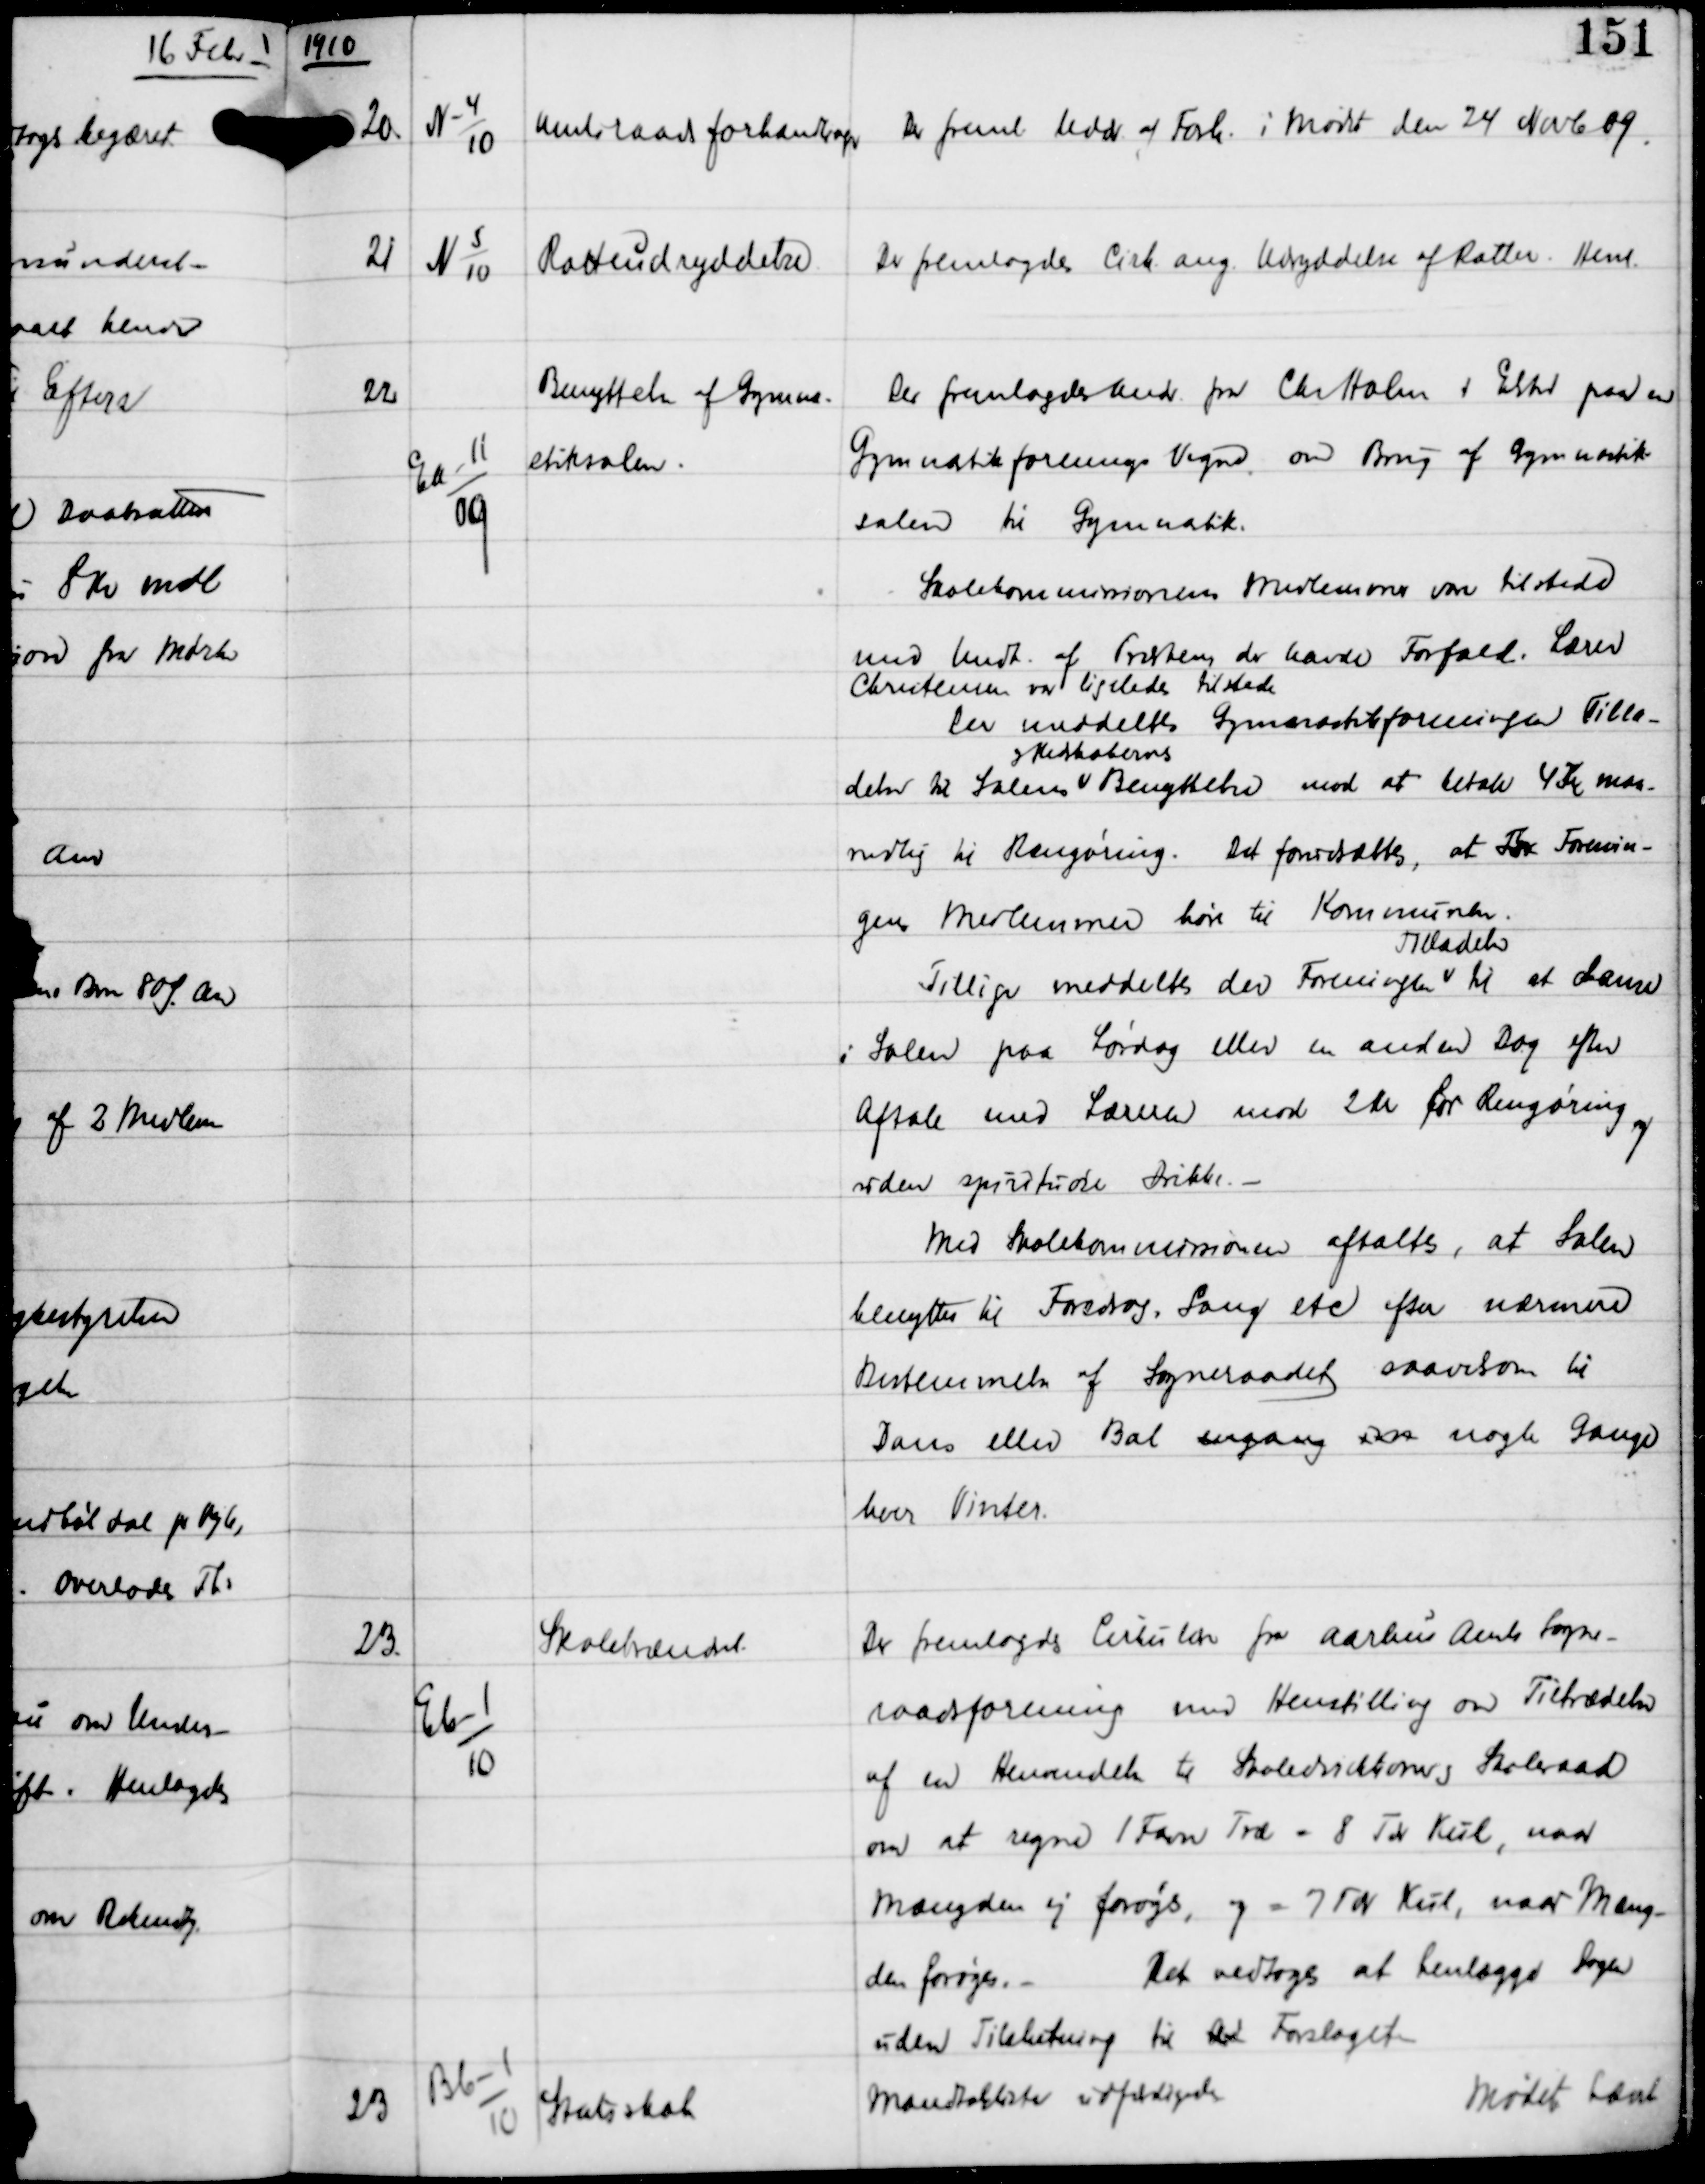
Transskription:
1910

20

N-4
10

Amtsraadsforhandlinger

Der freml Uddr af Forh. i Mødet den 24 Novb 09.

21

N 5
10

Rotteudryddelse.

Der fremlagdes Cirk ang Udryddelse af Rotter.
Henl.

22

Ea-11
09

Benyttelse af Gymna-
stiksalen.

Der fremlagdes Andr fra Chr Holm i Elsted paa en
Gymnastikforenings Vegne om Brug af Gymnastik-
salen til Gymnastik.
Skolekommissionens Medlemmer vare tilstede
med Undt af Præsten der havde Forfald. Lærer
Christensen var ligeledes tilstede
Der meddeltes Gymnastikforeningen Tilla-
delse til Salens
og Redskabernes
Benyttelse mod at betale 4 Kr maa-
nedlig til Rengøring. Det forudsættes, at For Forenin-
gens Medlemmer høre til Kommunen.
Tillige meddeltes der Foreningen
Tilladelse
til at danse
i Salen paa Lørdag eller en anden Dag efter
Aftale med Læreren mod 2 Kr for Rengøring og
uden spirituøse Drikke. -
Med Skolekommissionen aftaltes, at Salen
benyttes til Foredrag + Sang etc. efter nærmere
Bestemmelse af Sogneraadet saavelsom til
Dans eller Bal engang im nogle Gange
hver Vinter.

23.

Eb-1
10

Skolebrændsel

Der fremlagdes Cirkulære fra Aarhus Amts Sogne-
raadsforening med Henstilling om Tiltrædelse
af en Henvendelse til Skoledirektioner og Skoleraad
om at regne 1 Favn Træ = 8 Tdr Kul, naar
Mængden ej forøges, og = 7 Tdr Kul, naar Mæng-
den forøges. -
Det vedtoges, at henlægge Sagen
uden Tilslutning til An Forslaget

23

Bb-1
10

Statsskat

Mandatlister udfærdigedes

Mødet hævet